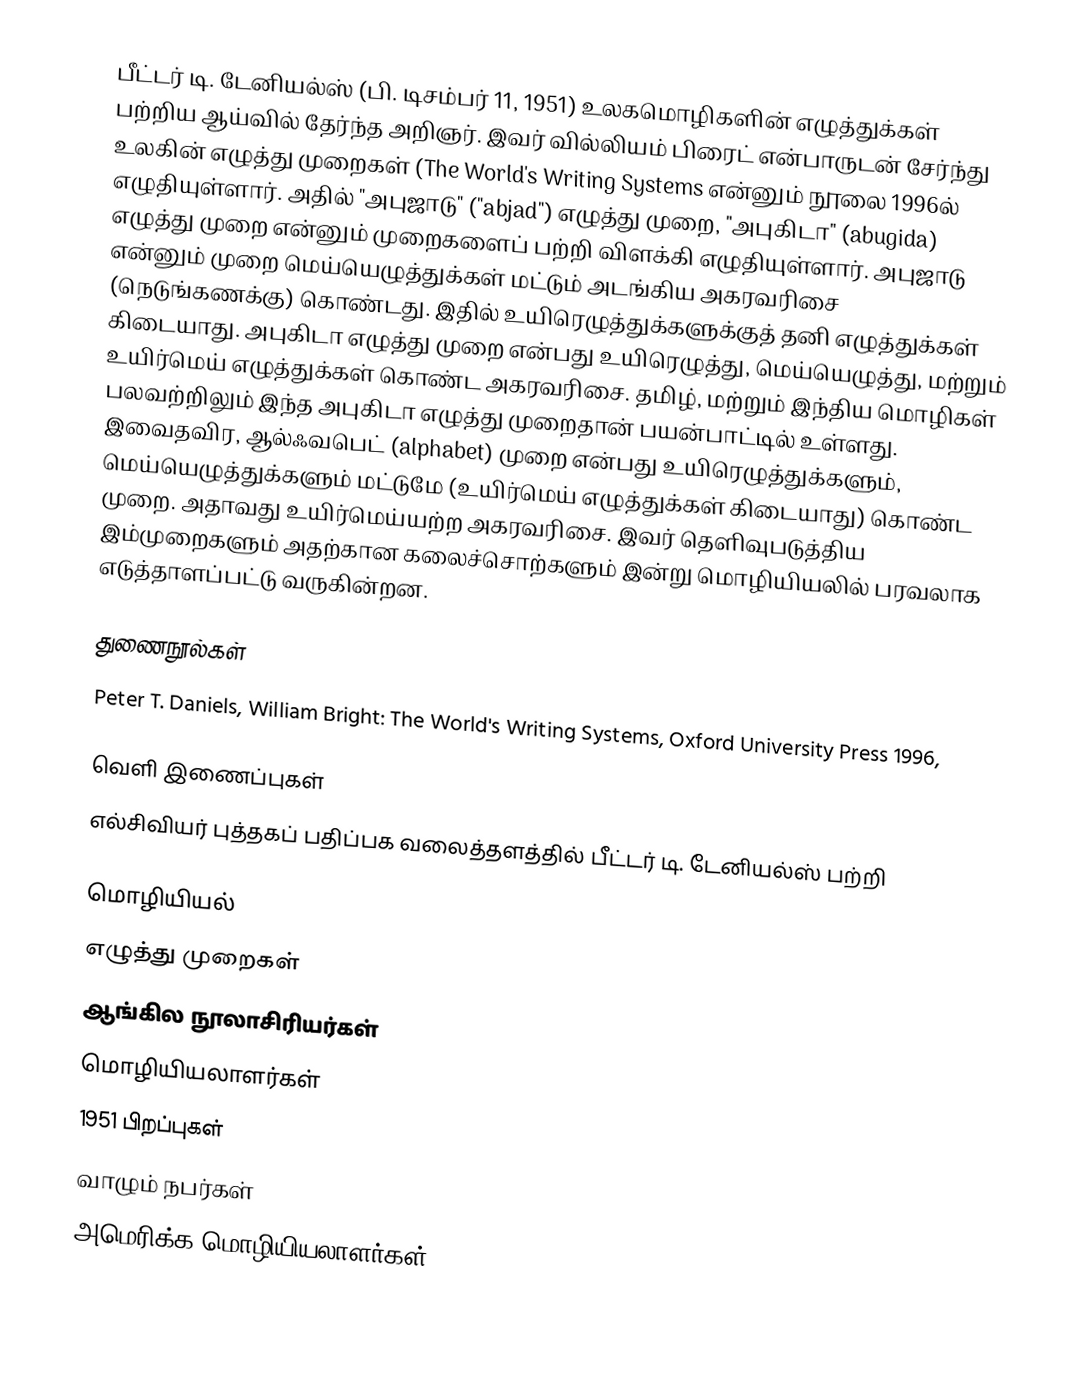
பீட்டர் டி. டேனியல்ஸ் (பி. டிசம்பர் 11, 1951) உலகமொழிகளின் எழுத்துக்கள் பற்றிய ஆய்வில் தேர்ந்த அறிஞர். இவர் வில்லியம் பிரைட் என்பாருடன் சேர்ந்து உலகின் எழுத்து முறைகள் (The World's Writing Systems என்னும் நூலை 1996ல் எழுதியுள்ளார். அதில் "அபுஜாடு" ("abjad") எழுத்து முறை, "அபுகிடா" (abugida) எழுத்து முறை என்னும் முறைகளைப் பற்றி விளக்கி எழுதியுள்ளார். அபுஜாடு என்னும் முறை மெய்யெழுத்துக்கள் மட்டும் அடங்கிய அகரவரிசை (நெடுங்கணக்கு) கொண்டது. இதில் உயிரெழுத்துக்களுக்குத் தனி எழுத்துக்கள் கிடையாது. அபுகிடா எழுத்து முறை என்பது உயிரெழுத்து, மெய்யெழுத்து, மற்றும் உயிர்மெய் எழுத்துக்கள் கொண்ட அகரவரிசை. தமிழ், மற்றும் இந்திய மொழிகள் பலவற்றிலும் இந்த அபுகிடா எழுத்து முறைதான் பயன்பாட்டில் உள்ளது. இவைதவிர, ஆல்ஃவபெட் (alphabet) முறை என்பது உயிரெழுத்துக்களும், மெய்யெழுத்துக்களும் மட்டுமே (உயிர்மெய் எழுத்துக்கள் கிடையாது) கொண்ட முறை. அதாவது உயிர்மெய்யற்ற அகரவரிசை. இவர் தெளிவுபடுத்திய இம்முறைகளும் அதற்கான கலைச்சொற்களும் இன்று மொழியியலில் பரவலாக எடுத்தாளப்பட்டு வருகின்றன.

துணைநூல்கள்
Peter T. Daniels, William Bright: The World's Writing Systems, Oxford University Press 1996,

வெளி இணைப்புகள்
 எல்சிவியர் புத்தகப் பதிப்பக வலைத்தளத்தில் பீட்டர் டி. டேனியல்ஸ் பற்றி

மொழியியல்
எழுத்து முறைகள்
ஆங்கில நூலாசிரியர்கள்
மொழியியலாளர்கள்
1951 பிறப்புகள்
வாழும் நபர்கள்
அமெரிக்க மொழியியலாளர்கள்